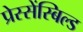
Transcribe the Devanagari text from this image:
प्रेस्सेंस्बिल्ड